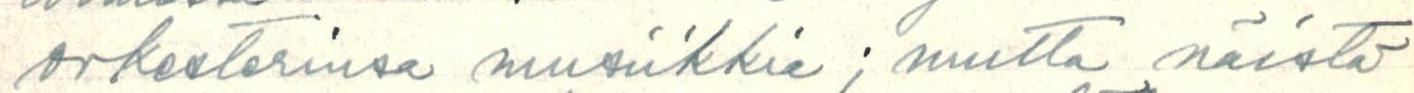
orkesterinsa musiikkia; mutta näistä